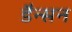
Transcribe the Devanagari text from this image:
डैन्सन